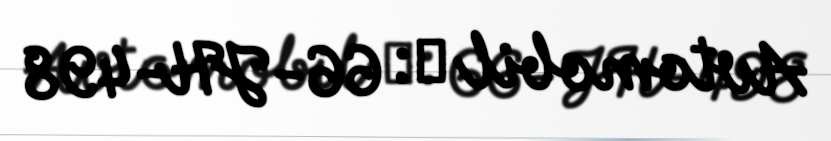
Avtomobil №: 66-JH-498